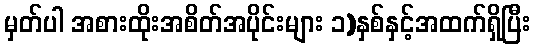
မှတ်ပါ အစားထိုးအစိတ်အပိုင်းများ ၁)နှစ်နှင့်အထက်ရှိပြီး